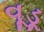
વૂડૂ